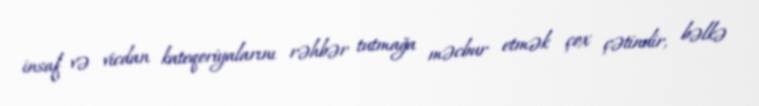
insaf və vicdan kateqoriyalarını rəhbər tutmağa məcbur etmək çox çətindir, bəlkə